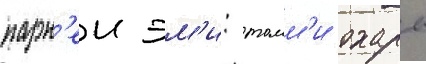
парн'еи эм'и: томм'и охары